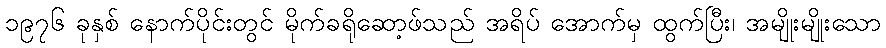
၁၉၇၆ ခုနှစ် နောက်ပိုင်းတွင် မိုက်ခရိုဆော့ဖ်သည် အရိပ် အောက်မှ ထွက်ပြီး၊ အမျိုးမျိုးသော